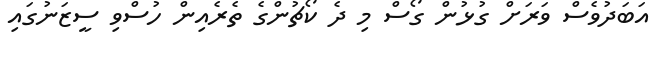
އަބަދުވެސް ވަރަށް ގުޅުން ގޯސް މި ދެ ކޯޗުންގެ ތެރެއިން ހުސްވި ސީޒަނުގައި